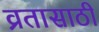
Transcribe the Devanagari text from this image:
व्रतासाठी